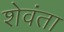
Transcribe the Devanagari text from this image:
शेवंता